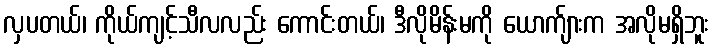
လှပတယ်၊ ကိုယ်ကျင့်သီလလည်း ကောင်းတယ်၊ ဒီလိုမိန်းမကို ယောက်ျားက အလိုမရှိဘူး